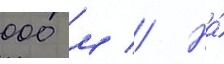
000 м // На́